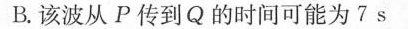
B.该波从P传到Q的时间可能为7s